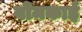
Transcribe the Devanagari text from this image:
बोमकाई